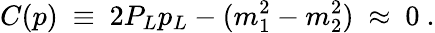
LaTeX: C(p)\ \equiv\ 2P_{L}p_{L}-(m_{1}^{2}-m_{2}^{2})\ \approx\ 0\ .